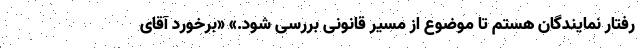
رفتار نمایندگان هستم تا موضوع از مسیر قانونی بررسی شود.» «برخورد آقای